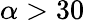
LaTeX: \alpha>30